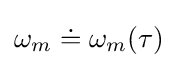
\omega _{m}\doteq \omega _{m}(\tau )